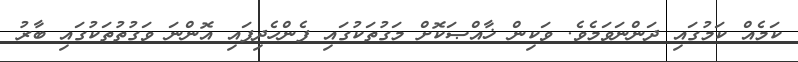
ކަމެއް ކަމުގައި ދަންނަވަމެވެ. ވަކިން ޚާއްޞަކޮށް މަގުތަކުގައި ފެންހެދިފައި އޮންނަ ވަގުތުތަކުގައި ބާރު